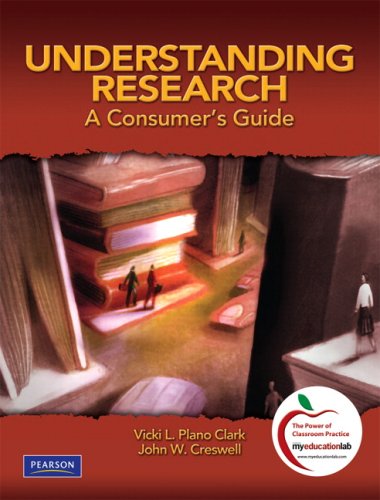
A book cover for Understanding Research: A Consumer's Guide; Vicki L. Plano Clark; Reference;